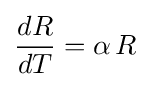
{\frac {dR}{dT}}=\alpha \,R